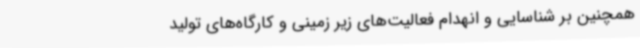
همچنین بر شناسایی و انهدام فعالیت‌های زیر زمینی و کارگاه‌های تولید